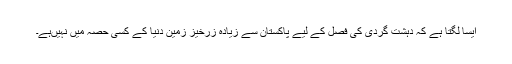
ایسا لگتا ہے کہ دہشت گردی کی فصل کے لیے پاکستان سے زیادہ زرخیز زمین دنیا کے کسی حصہ میں نہیںہے۔